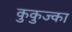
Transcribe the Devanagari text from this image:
कुकुज्का